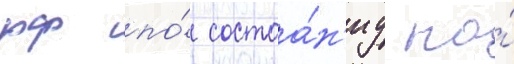
рф по́ состоа́н'иу на́